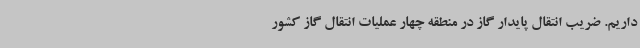
داریم. ضریب انتقال پایدار گاز در منطقه چهار عملیات انتقال گاز کشور